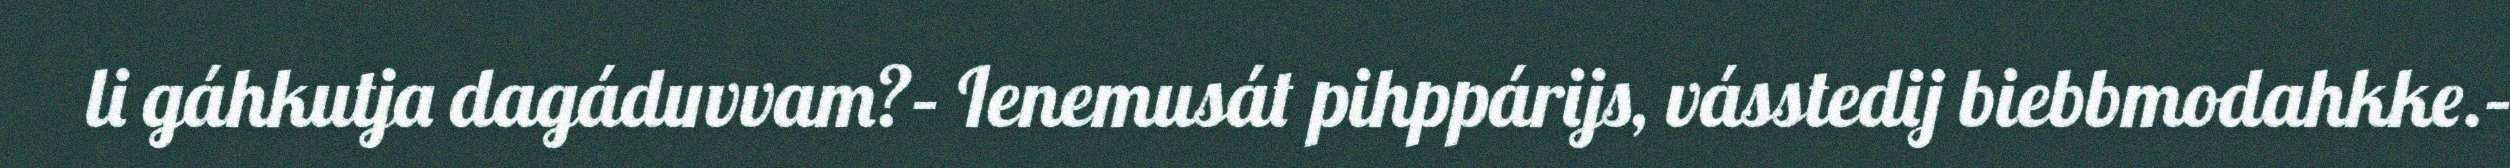
li gáhkutja dagáduvvam?– Ienemusát pihppárijs, vásstedij biebbmodahkke.–